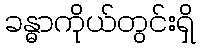
ခန္ဓာကိုယ်တွင်းရှိ